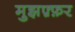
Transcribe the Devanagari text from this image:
मुझफ़्फ़र